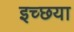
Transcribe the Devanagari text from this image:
इच्छया